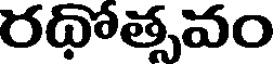
రథోత్సవం